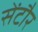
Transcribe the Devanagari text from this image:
सेंटौर